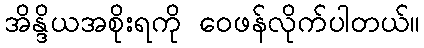
အိန္ဒိယအစိုးရကို ဝေဖန်လိုက်ပါတယ်။